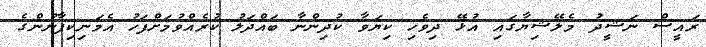
ރައީސް ނަޝީދު މެލޭޝިޔާގައި އުޅޭ ދިވެހި ކިޔަވާ ކުދިންނާ ބައްދަލު ކުރެއްވުމަށްފަހު އެމަނިކިފާނުންގެ